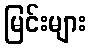
မြင်းများ